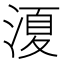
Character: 𭱣